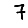
Digit: 7